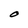
Character: O